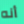
أنه